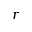
r